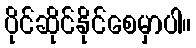
ပိုင်ဆိုင်နိုင်စေမှာပါ။